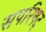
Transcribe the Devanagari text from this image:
सपरिषद